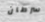
سرطان